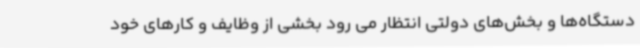
دستگاه‌ها و بخش‌های دولتی انتظار می رود بخشی از وظایف و کارهای خود